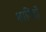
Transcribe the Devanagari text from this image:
शागिर्दों